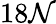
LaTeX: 18\mathcal{N}